Annual returns of the Patna Lunatic Asylum at Bankipore in Bihar and Orissa - 1912-1924
Year: 1912
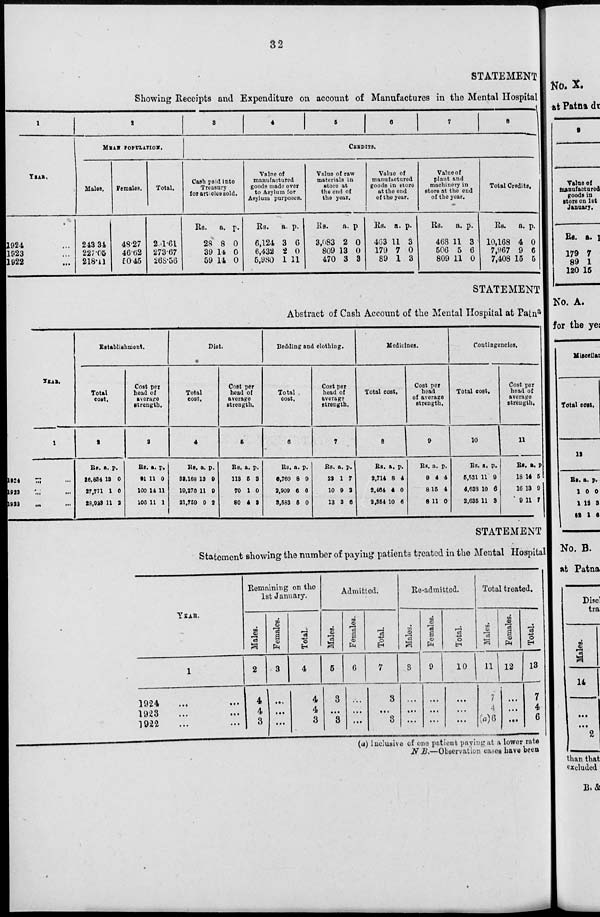
32
STATEMENT
Showing Receipts and Expenditure on account of Manufactures in the Mental Hospital
1
YEAR.
1924 ...
1023 ...
1922 ...
2
MEAN POPULATION.
Males.
243.34
227.05
218.11
Females.
48.27
46.62
50.45
Total.
291.61
273.67
268.56
3
4
5
6
7
8
CREDITS.
Cash paid into
Treasury
for articles sold.
Rs.
28
39
59
a.
8
14
14
p.
0
0
0
Value of
manufactured
goods made over
to Asylum for
Asylum purposes.
Rs.
6,124
6,432
5,980
a.
3
2
1
p.
6
0
11
Value of raw
materials in
store at
the end of
the year.
Rs.
3,083
809
470
a.
2
13
3
p
0
0
3
Value of
manufactured
goods in store
at the end
of the year.
Rs.
463
179
89
a.
11
7
1
p.
3
0
3
Value of
plant and
machinery in
store at the end
of the year.
Rs.
468
506
809
a.
11
5
11
p.
3
6
0
Total Credits.
Rs.
10,168
7,967
7,408
a.
4
9
15
p.
0
6
5
STATEMENT
Abstract of Cash Account of the Mental Hospital at Patna
YEAR.
1
1924 ... ...
1923 ... ...
1922 ... ...
Establishment.
Total
cost.
2
Rs.
26,834
27,771
28,923
a.
13
1
11
p.
0
0
2
Cost per
head of
average
Strength.
3
Rs.
91
100
106
a.
11
14
11
p.
0
11
1
Diet.
Total
cost.
4
Rs.
33,168
19,276
21,759
a.
13
11
9
p.
9
9
2
Cost per
head of
average
strength.
5
Rs.
113
70
80
a.
5
1
4
p.
3
0
3
Bedding and clothing.
Total
cost.
6
Rs.
6,760
2,909
3,583
a.
8
6
5
p.
9
6
0
Cost per
head of
average
strength.
7
Rs.
23
10
13
a.
1
9
3
p.
7
2
6
Medicines.
Total cost.
8
Rs.
2,714
2,464
2,354
a.
8
4
10
p.
4
0
6
Cost per
head
of average
Strength.
9
Rs.
9
8
8
a.
4
15
11
p.
4
4
0
Contingencies.
Total cost.
10
Rs.
5,531
4,638
2,635
a.
11
10
11
p.
9
6
3
Cost per
head of
average
Strength.
11
Rs.
18
16
9
a.
14
13
11
p
5
9
7
STATEMENT
Statement showing the number of paying patients treated in the Mental Hospital
YEAR.
1
1924 ... ...
1923 ... ...
1922 ... ...
Remaining on the
1st January.
Males.
2
4
4
3
Females.
3
...
...
...
Total.
4
4
4
3
Admitted.
Males.
5
3
...
3
Females.
6
...
...
...
Total.
7
3
...
3
Re-admitted.
Males.
8
...
...
...
Females.
9
...
...
...
Total.
10
...
...
...
Total treated.
Males.
11
7
4
(a)6
Females.
12
...
...
...
Total.
13
7
4
6
(a) Inclusive of one patient paying at a lower rate
N. B.—Observation cases have been